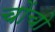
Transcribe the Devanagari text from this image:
चोंचो